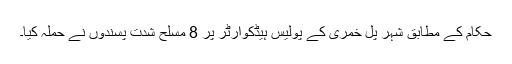
حکام کے مطابق شہر پل خمری کے پولیس ہیڈکوارٹر پر 8 مسلح شدت پسندوں نے حملہ کیا۔